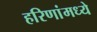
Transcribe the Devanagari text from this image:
हरिणांमध्ये